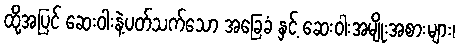
ထို့အပြင် ဆေးဝါးနဲ့ပတ်သက်သော အခြေခံ နှင့် ဆေးဝါးအမျိုးအစားများ၊